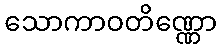
သောကာဝတိဏ္ဏော